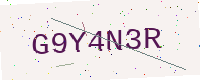
Text: G9Y4N3R